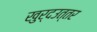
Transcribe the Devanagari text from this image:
खुर्दउत्तर